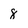
Character: 8